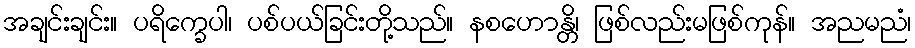
အချင်းချင်း။ ပရိက္ခေပါ၊ ပစ်ပယ်ခြင်းတို့သည်။ နစဟောန္တိ၊ ဖြစ်လည်းမဖြစ်ကုန်။ အညမညံ၊